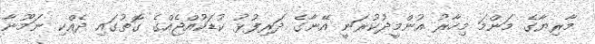
މާރިޔާގެ މަންމަ މިހާރު އުންމީދުކުރަނީ އޭނާގެ ދަރިފުޅު ކުޑަކުއްޖެއްގެ ގޮތުގައި ދެއްކި ނަމޫނާ